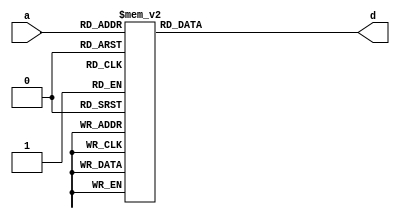
`timescale 1ns / 1ps
//////////////////////////////////////////////////////////////////////////////////
// Company:        Make Hack Void
// 
// Design Name:    sap-1
// Module Name:    ram 
// Target Devices: Spartan 3
// Tool versions:  ISE 14.7
//
// Permission is hereby granted, free of charge, to any person obtaining a copy
// of this software and associated documentation files (the "Software"), to deal
// in the Software without restriction, including without limitation the rights
// to use, copy, modify, merge, publish, distribute, sublicense, and/or sell
// copies of the Software, and to permit persons to whom the Software is
// furnished to do so, subject to the following conditions:
//
// The above copyright notice and this permission notice shall be included in all
// copies or substantial portions of the Software.
//
// THE SOFTWARE IS PROVIDED "AS IS", WITHOUT WARRANTY OF ANY KIND, EXPRESS OR
// IMPLIED, INCLUDING BUT NOT LIMITED TO THE WARRANTIES OF MERCHANTABILITY,
// FITNESS FOR A PARTICULAR PURPOSE AND NONINFRINGEMENT. IN NO EVENT SHALL THE
// AUTHORS OR COPYRIGHT HOLDERS BE LIABLE FOR ANY CLAIM, DAMAGES OR OTHER
// LIABILITY, WHETHER IN AN ACTION OF CONTRACT, TORT OR OTHERWISE, ARISING FROM,
// OUT OF OR IN CONNECTION WITH THE SOFTWARE OR THE USE OR OTHER DEALINGS IN THE
// SOFTWARE.
//
// Description:    Implements the 16x8 RAM.
//
//                 Contains the program from M&B CH10.
//                 OUT = 16 + 20 + 24 - 32
//
//                 Design missing the /CE signal due to FPGAs not
//                 supporting internal tri-state.
//
//////////////////////////////////////////////////////////////////////////////////

module ram(
    input [3:0] a,
    output reg [7:0] d
    );

    always @(*)
        case (a)
            4'b0000: d = 8'b00001001;  // LDA 9H
            4'b0001: d = 8'b00011010;  // ADD AH
            4'b0010: d = 8'b00011011;  // ADD BH
            4'b0011: d = 8'b00101100;  // SUB CH
            4'b0100: d = 8'b11100000;  // OUT
            4'b0101: d = 8'b11110000;  // HLT
            4'b1001: d = 8'h10;        // 10H
            4'b1010: d = 8'h14;        // 14H
            4'b1011: d = 8'h18;        // 18H
            4'b1100: d = 8'h20;        // 20H
            default: d = 8'b11111111;  // HLT
        endcase

endmodule